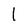
Character: l